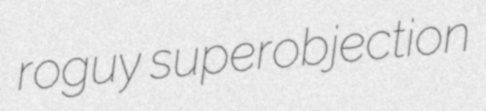
roguy superobjection